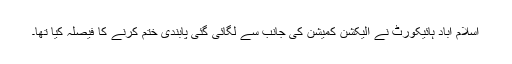
اسلام آباد ہائیکورٹ نے الیکشن کمیشن کی جانب سے لگائی گئی پابندی ختم کرنے کا فیصلہ کیا تھا۔